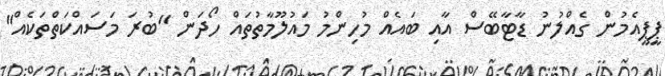
ޕީޕީއެމުން ގެއްލުނު ޑާޓާބޭސް އާއި ބައެއް މުހިންމު މައުލޫމާތުތައް ހޯދަން "ބުރަ މަސައްކަތްތަކެއް"